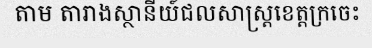
តាម តារាងស្ថានីយ៍ជលសាស្ត្រខេត្តក្រចេះ